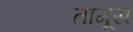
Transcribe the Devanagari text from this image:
तागूस